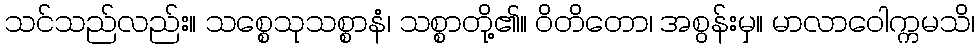
သင်သည်လည်း။ သစ္စေသုသစ္စာနံ၊ သစ္စာတို့၏။ ဝိတိတော၊ အစွန်းမှ။ မာလာဝေါက္ကမသိ၊